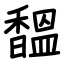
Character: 馧